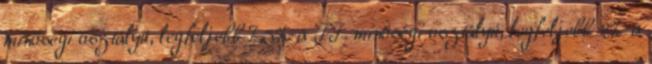
minőségi osztályú, legfeljebb 7,5%-a II. minőségi osztályú, legfeljebb 2%-a